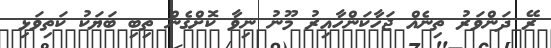
ރޭ ދަންވަރު ތިނެއް ޖަހާކަންހާއިރު މޫނު ނިވާ ކޮށްގެން ތިބި ބަޔަކު ކަތިވަޅި